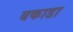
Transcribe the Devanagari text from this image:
बकाडा